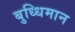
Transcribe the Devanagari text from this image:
बुध्धिमान